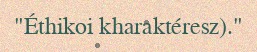
"Éthikoi kharaktéresz)."